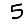
Digit: 5